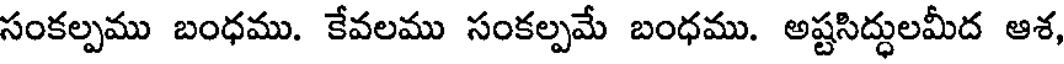
సంకల్పము బంధము. కేవలము సంకల్పమే బంధము. అష్టసిద్ధులమీద ఆశ,